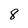
Character: 8